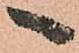
へ